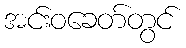
အင်းဝခေတ်တွင်